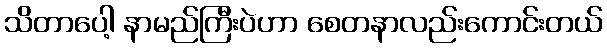
သိတာပေါ့ နာမည်ကြီးပဲဟာ စေတနာလည်းကောင်းတယ်